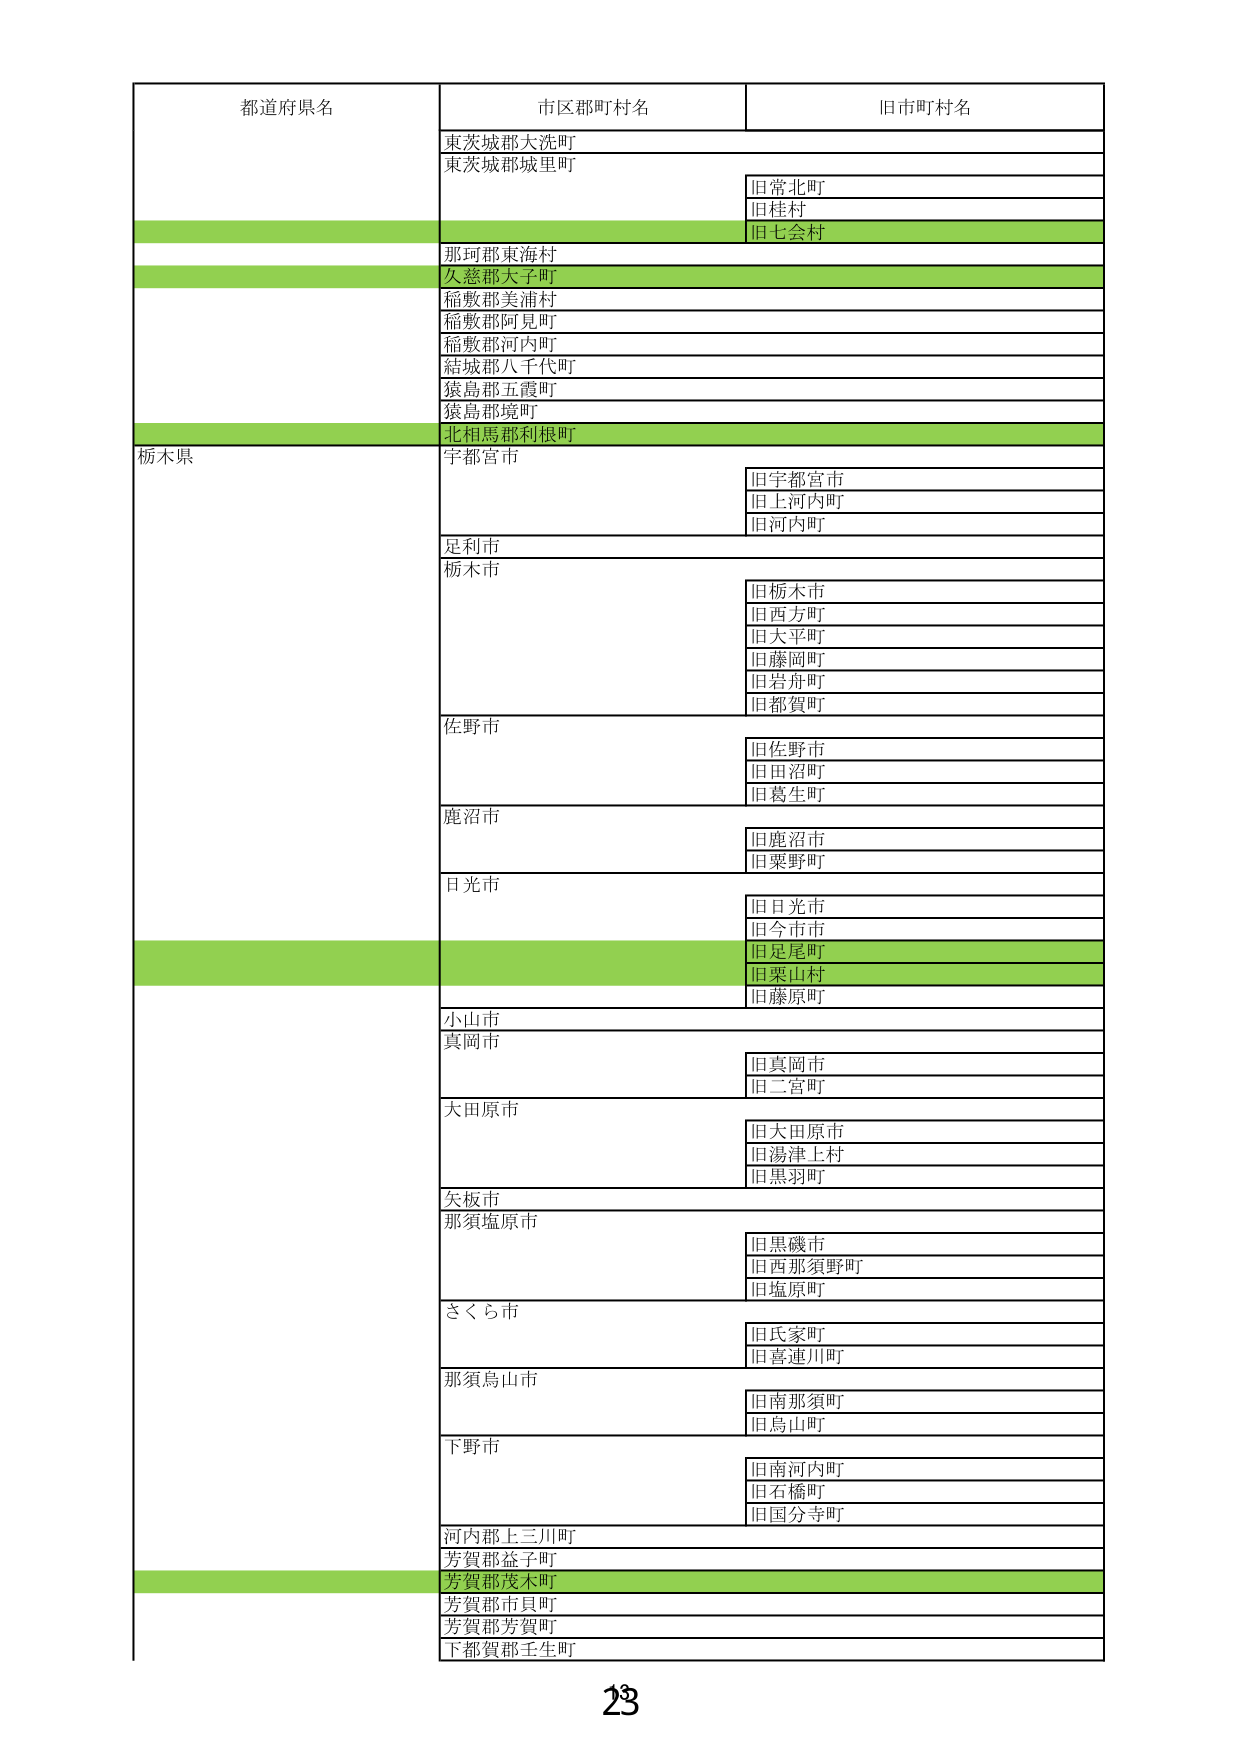
都道府県名
市区郡町村名
旧市町村名
東茨城郡大洗町
東茨城郡城里町
旧常北町
旧桂村
旧七会村
那珂郡東海村
久慈郡大子町
稲敷郡美浦村
稲敷郡阿見町
稲敷郡河内町
結城郡八千代町
猿島郡五霞町
猿島郡境町
北相馬郡利根町
栃木県
宇都宮市
旧宇都宮市
旧上河内町
旧河内町
足利市
栃木市
旧栃木市
旧西方町
旧大平町
旧藤岡町
旧岩舟町
旧都賀町
佐野市
旧佐野市
旧田沼町
旧葛生町
鹿沼市
旧鹿沼市
旧栗野町
日光市
旧日光市
旧今市市
旧足尾町
旧栗山村
旧藤原町
小山市
真岡市
旧真岡市
旧二宮町
大田原市
旧大田原市
旧湯津上村
旧黒羽町
矢板市
那須塩原市
旧黒磯市
旧西那須野町
旧塩原町
さくら市
旧氏家町
旧喜連川町
那須烏山市
旧南那須町
旧烏山町
下野市
旧南河内町
旧石橋町
旧国分寺町
河内郡上三川町
芳賀郡益子町
芳賀郡茂木町
芳賀郡市貝町
芳賀郡芳賀町
下都賀郡壬生町
23